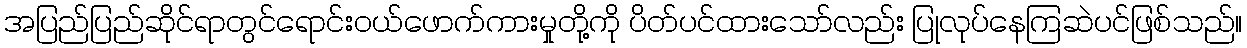
အပြည်ပြည်ဆိုင်ရာတွင်ရောင်းဝယ်ဖောက်ကားမှုတို့ကို ပိတ်ပင်ထားသော်လည်း ပြုလုပ်နေကြဆဲပင်ဖြစ်သည်။